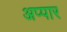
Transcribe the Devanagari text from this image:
अप्पार